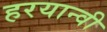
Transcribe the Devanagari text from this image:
हरयान्वी